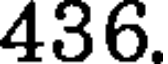
436.